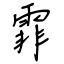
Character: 霏